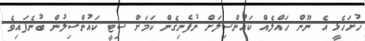
ހުށަހެޅީ އެ ނޫން ހައްލެއް ކައުންސިލަށް ނުފެނިގެން ކަމަށް ސިޓީ ކައުންސިލުން ބުނެފައިވެ